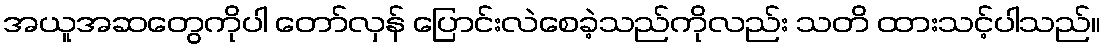
အယူအဆတွေကိုပါ တော်လှန် ပြောင်းလဲစေခဲ့သည်ကိုလည်း သတိ ထားသင့်ပါသည်။